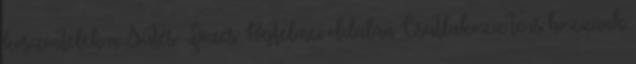
köszöntelek a Sütés-Főzés Rejtelmei oldalán Csatlakozz te is hozzánk